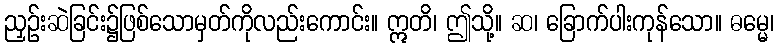
ညှဉ်းဆဲခြင်း၌ဖြစ်သောမှတ်ကိုလည်းကောင်း။ ဣတိ၊ ဤသို့။ ဆ၊ ခြောက်ပါးကုန်သော။ ဓမ္မေ၊